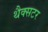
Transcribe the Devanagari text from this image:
थैक्सटर